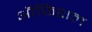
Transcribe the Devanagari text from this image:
ऑफिशल